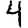
Digit: 4